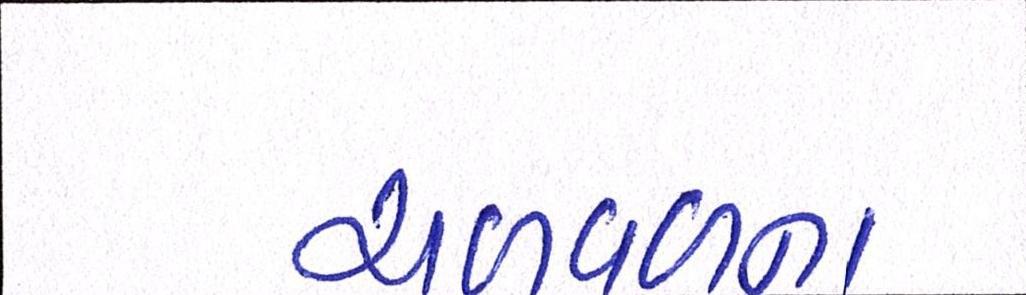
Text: ચળવળના